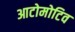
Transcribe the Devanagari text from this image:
आटोमोटिव